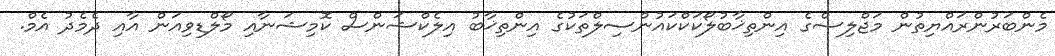
މެންބަރުންރައްޔިތުން މަޖްލިސްގެ އިންތިޚާބުލޯކަކްކައުންސިލްތަކުގެ އިންތިޚާބު އިލެކްޝަންސް ކޮމިޝަނާއި މޯލްޑިވިއަން އާއި ދެމެދު އެމް.